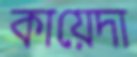
কায়েদা